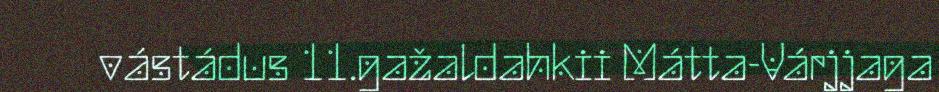
vástádus 11.gažaldahkii Mátta-Várjjaga